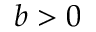
b > 0